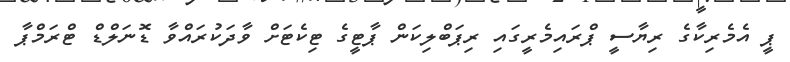
ޕީ އެމެރިކާގެ ރިޔާސީ ޕްރައިމެރީގައި ރިޕަބްލިކަން ޕާޓީގެ ޓިކެޓަށް ވާދަކުރައްވާ ޑޮނަލްޑް ޓްރަމްޕާ